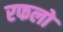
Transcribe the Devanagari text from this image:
रफलो